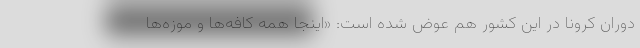
دوران کرونا در این کشور هم عوض شده است: «اینجا همه کافه‌ها و موزه‌ها